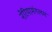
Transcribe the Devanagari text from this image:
नेरियामंगलम